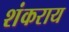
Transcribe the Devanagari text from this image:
शंकराय